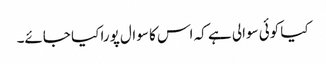
کیا کوئی سوالی ہے کہ اس کا سوال پورا کیا جائے۔